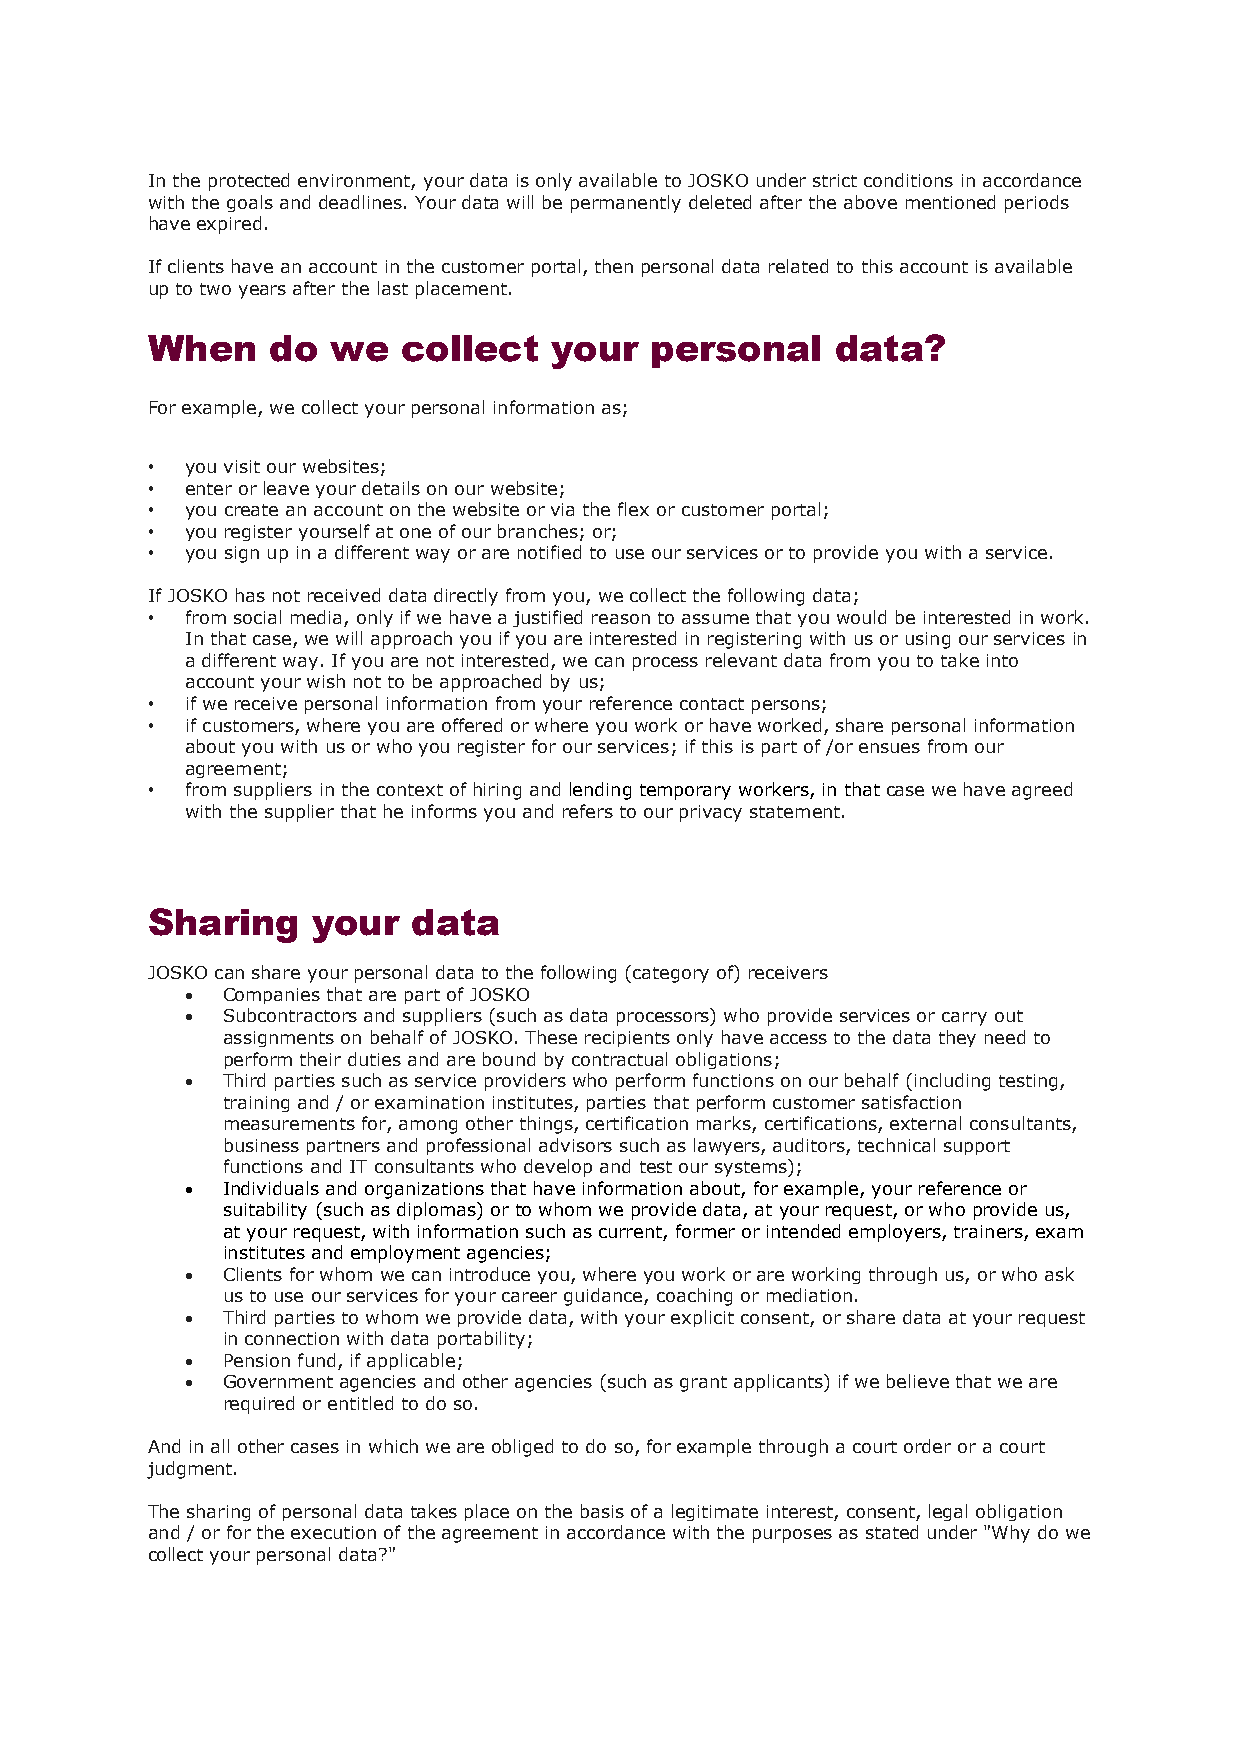
In the protected environment, your data is only available to JOSKO under strict conditions in accordance
 with the goals and deadlines. Your data will be permanently deleted after the above mentioned periods
 have expired.
 If clients have an account in the customer portal, then personal data related to this account is available
 up to two years after the last placement.
 When    do  we   collect  your   personal    data?
 For example, we collect your personal information as;
 • you visit our websites;
 • enter or leave your details on our website;
 • you create an account on the website or via the flex or customer portal;
 • you register yourself at one of our branches; or;
 • you sign up in a different way or are notified to use our services or to provide you with a service.
 If JOSKO has not received data directly from you, we collect the following data;
 • from social media, only if we have a justified reason to assume that you would be interested in work.
 In that case, we will approach you if you are interested in registering with us or using our services in
 a different way. If you are not interested, we can process relevant data from you to take into
 account your wish not to be approached by us;
 • if we receive personal information from your reference contact persons;
 • if customers, where you are offered or where you work or have worked, share personal information
 about you with us or who you register for our services; if this is part of /or ensues from our
 agreement;
 • from suppliers in the context of hiring and lending temporary workers, in that case we have agreed
 with the supplier that he informs you and refers to our privacy statement.
 Sharing    your  data
 JOSKO can share your personal data to the following (category of) receivers
 •  Companies that are part of JOSKO
 •  Subcontractors and suppliers (such as data processors) who provide services or carry out
 assignments on behalf of JOSKO. These recipients only have access to the data they need to
 perform their duties and are bound by contractual obligations;
 •  Third parties such as service providers who perform functions on our behalf (including testing,
 training and / or examination institutes, parties that perform customer satisfaction
 measurements for, among other things, certification marks, certifications, external consultants,
 business partners and professional advisors such as lawyers, auditors, technical support
 functions and IT consultants who develop and test our systems);
 •  Individuals and organizations that have information about, for example, your reference or
 suitability (such as diplomas) or to whom we provide data, at your request, or who provide us,
 at your request, with information such as current, former or intended employers, trainers, exam
 institutes and employment agencies;
 •  Clients for whom we can introduce you, where you work or are working through us, or who ask
 us to use our services for your career guidance, coaching or mediation.
 •  Third parties to whom we provide data, with your explicit consent, or share data at your request
 in connection with data portability;
 •  Pension fund, if applicable;
 •  Government agencies and other agencies (such as grant applicants) if we believe that we are
 required or entitled to do so.
 And in all other cases in which we are obliged to do so, for example through a court order or a court
 judgment.
 The sharing of personal data takes place on the basis of a legitimate interest, consent, legal obligation
 and / or for the execution of the agreement in accordance with the purposes as stated under "Why do we
 collect your personal data?"